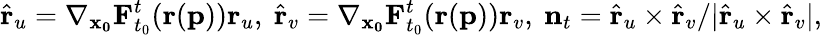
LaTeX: \hat{\mathbf{r}}_{u}=\nabla_{\mathbf{x_{0}}}\mathbf{F}_{t_{0}}^{t}(\mathbf{r}(\mathbf{p}))\mathbf{r}_{u},\ \hat{\mathbf{r}}_{v}=\nabla_{\mathbf{x_{0}}}\mathbf{F}_{t_{0}}^{t}(\mathbf{r}(\mathbf{p}))\mathbf{r}_{v},\ \mathbf{n}_{t}=\hat{\mathbf{r}}_{u}\times\hat{\mathbf{r}}_{v}/\vert\hat{\mathbf{r}}_{u}\times\hat{\mathbf{r}}_{v}\vert,